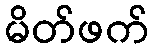
မိတ်ဖက်